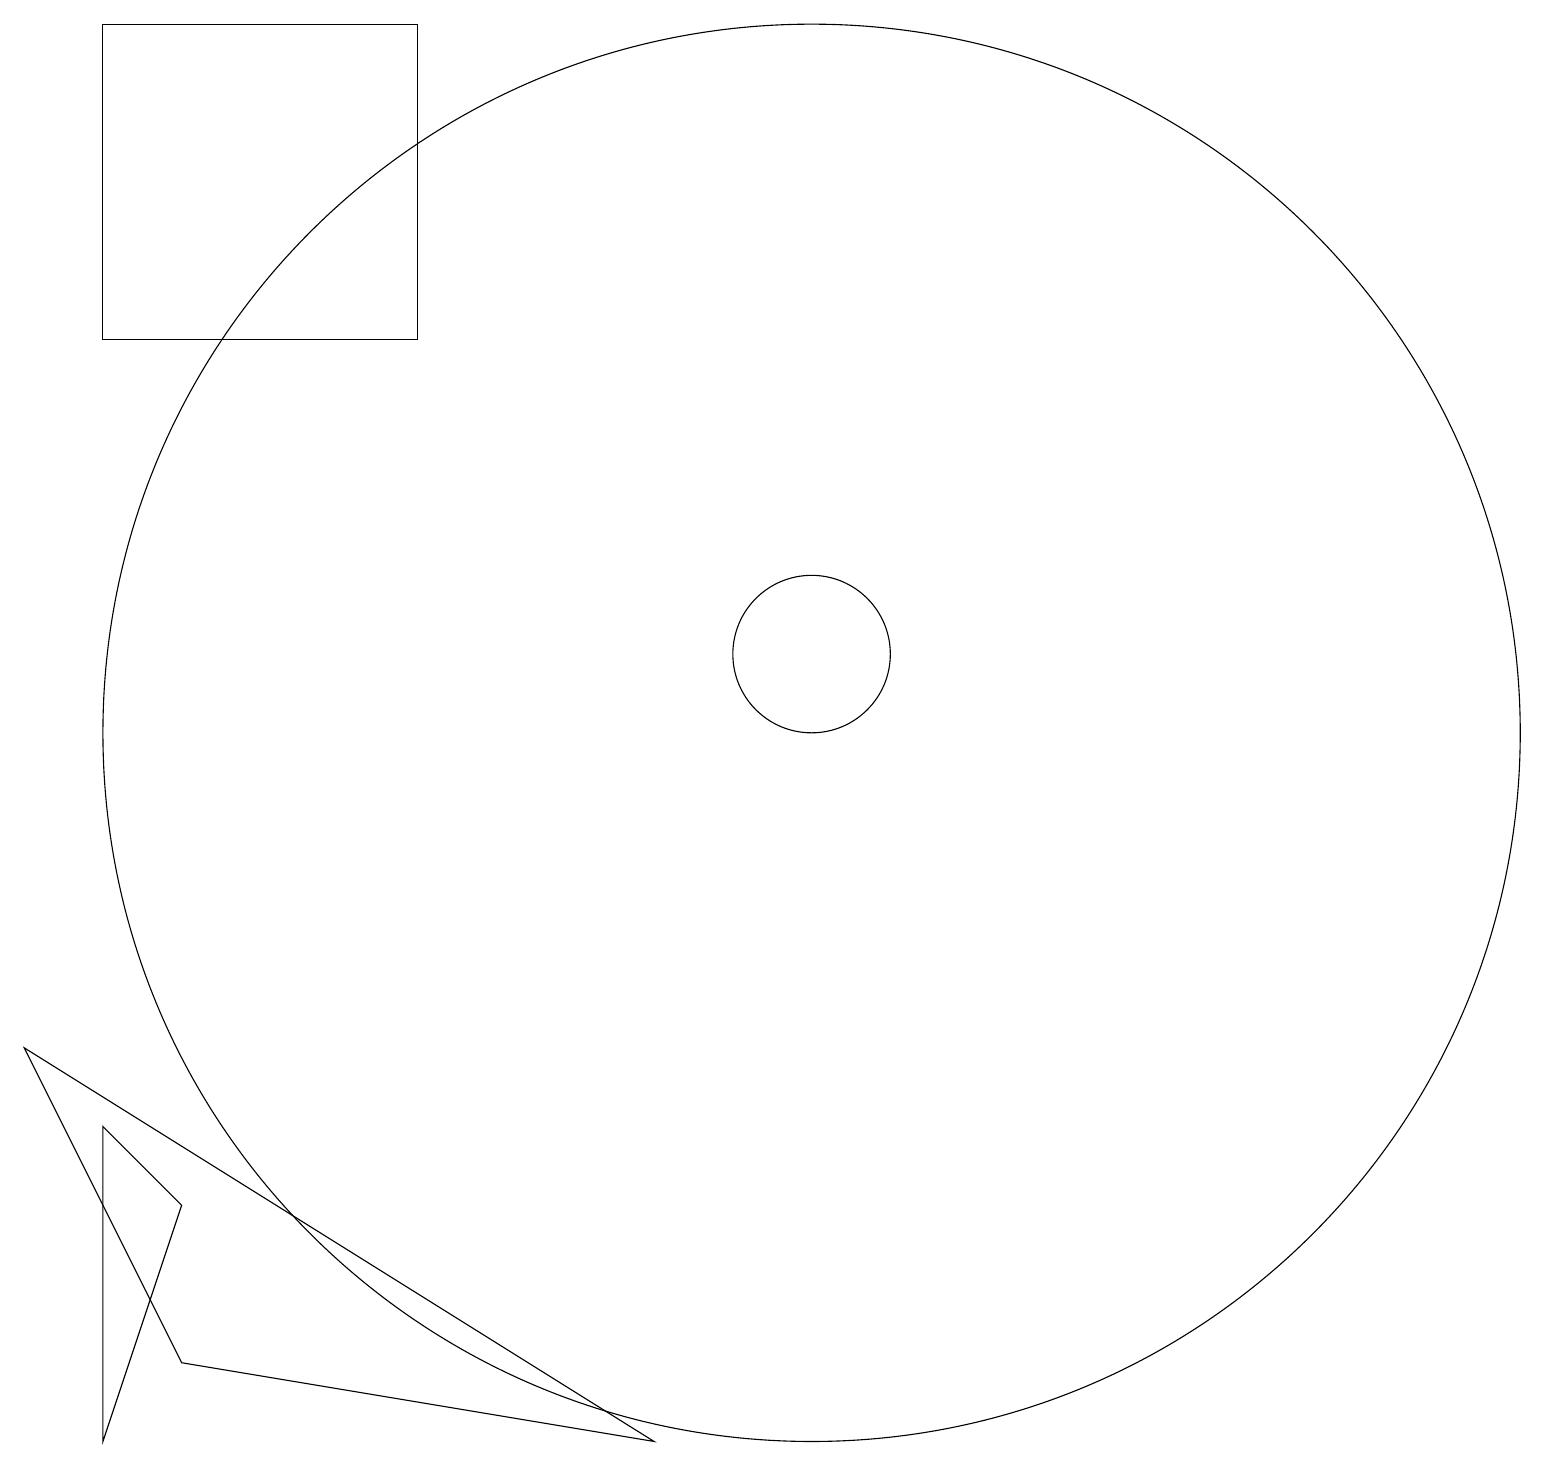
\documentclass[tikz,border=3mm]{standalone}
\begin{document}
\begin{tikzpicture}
\draw (2,1) -- (3,4) -- (2,5) -- cycle;
\draw (2,19) rectangle (6,15);
\draw (11,10) circle (9);
\draw (1,6) -- (3,2) -- (9,1) -- cycle;
\draw (11,11) circle (1);
\draw (11,10) circle (0);
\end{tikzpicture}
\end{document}